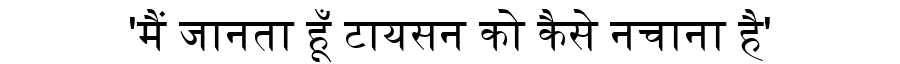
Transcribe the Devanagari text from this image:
'मैं जानता हूँ टायसन को कैसे नचाना है'